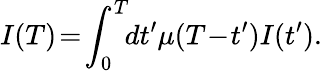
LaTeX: I(T)\! =\! \int_{0}^{T}\! \! dt^{\prime}\mu(T\! -\! t^{\prime})I(t^{\prime}).